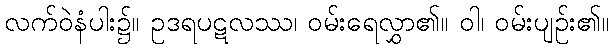
လက်ဝဲနံပါး၌။ ဥဒရပဋလဿ၊ ဝမ်းရေလွှာ၏။ ဝါ၊ ဝမ်းပျဉ်း၏။